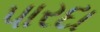
પારદા